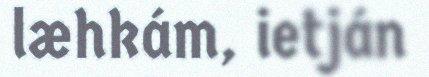
læhkám, ietján